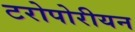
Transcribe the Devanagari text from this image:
टरोपोरीयन